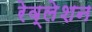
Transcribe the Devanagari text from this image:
रेव्लेशन